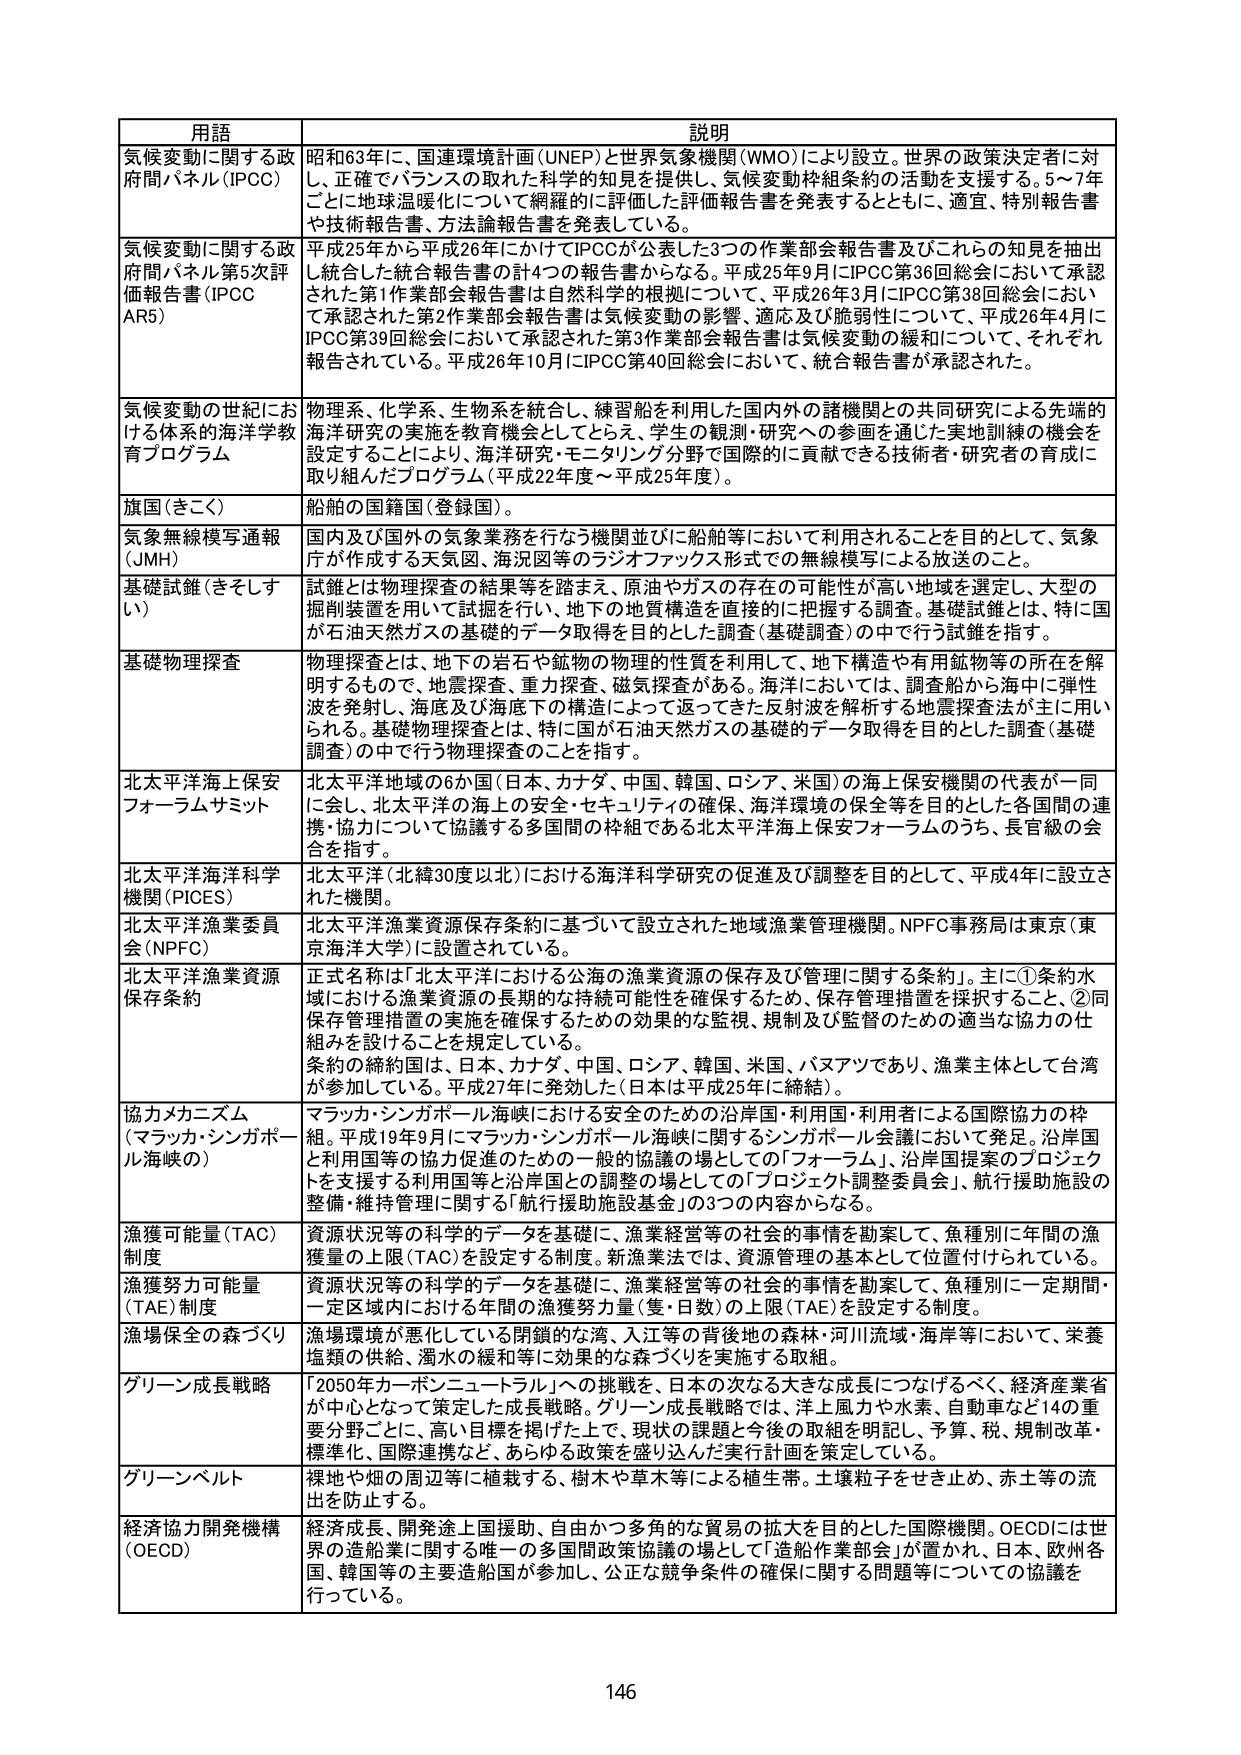
用語 説明
気候変動に関する政府間パネル（IPCC） 昭和63年に、国連環境計画（UNEP）と世界気象機関（WMO）により設立。世界の政策決定者に対し、正確でバランスの取れた科学的知見を提供し、気候変動枠組条約の活動を支援する。5～7年ごとに地球温暖化について網羅的に評価した評価報告書を発表するとともに、適宜、特別報告書や技術報告書、方法論報告書を発表している。
気候変動に関する政府間パネル第5次評価報告書（IPCC AR5） 平成25年から平成26年にかけてIPCCが公表した3つの作業部会報告書及びこれらの知見を抽出し統合した統合報告書の計4つの報告書からなる。平成25年9月にIPCC第36回総会において承認された第1作業部会報告書は自然科学的根拠について、平成26年3月にIPCC第38回総会において承認された第2作業部会報告書は気候変動の影響、適応及び脆弱性について、平成26年4月にIPCC第39回総会において承認された第3作業部会報告書は気候変動の緩和について、それぞれ報告されている。平成26年10月にIPCC第40回総会において、統合報告書が承認された。
気候変動の世紀における体系的海洋学教育プログラム 物理系、化学系、生物系を統合し、練習船を利用した国内外の諸機関との共同研究による先端的海洋研究の実施を教育機会としてとらえ、学生の観測・研究への参画を通じた実地訓練の機会を設定することにより、海洋研究・モニタリング分野で国際的に貢献できる技術者・研究者の育成に取り組んだプログラム（平成22年度～平成25年度）。
旗国（きこく） 船舶の国籍国（登録国）。
気象無線模写通報（JMH） 国内及び国外の気象業務を行なう機関並びに船舶等において利用されることを目的として、気象庁が作成する天気図、海況図等のラジオフォックス形式での無線模写による放送のこと。
基礎試錐（きそしすい） 試錐とは物理探査の結果等を踏まえ、原油やガスの存在の可能性が高い地域を選定し、大型の掘削装置を用いて試掘を行い、地下の地質構造を直接的に把握する調査。基礎試錐とは、特に国が石油天然ガスの基礎的データ取得を目的とした調査（基礎調査）の中で行う試錐を指す。
基礎物理探査 物理探査とは、地下の岩石や鉱物の物理的性質を利用して、地下構造や有用鉱物等の所在を解明するもので、地震探査、重力探査、磁気探査がある。海洋においては、調査船から海中に弾性波を発射し、海底及び海底下の構造によって返ってきた反射波を解析する地震探査法が主に用いられる。基礎物理探査とは、特に国が石油天然ガスの基礎的データ取得を目的とした調査（基礎調査）の中で行う物理探査のことを指す。
北太平洋海上保安フォーラムサミット 北太平洋地域の6か国（日本、カナダ、中国、韓国、ロシア、米国）の海上保安機関の代表が一同に会し、北太平洋の海上の安全・セキュリティの確保、海洋環境の保全等を目的とした各国間の連携・協力について協議する多国間の枠組である北太平洋海上保安フォーラムのうち、長官級の会合を指す。
北太平洋海洋科学機関（PICES） 北太平洋（北緯30度以北）における海洋科学研究の促進及び調整を目的として、平成4年に設立された機関。
北太平洋漁業委員会（NPFC） 北太平洋漁業資源保存条約に基づいて設立された地域漁業管理機関。NPFC事務局は東京（東京海洋大学）に設置されている。
北太平洋漁業資源保存条約 正式名称は「北太平洋における公海の漁業資源の保存及び管理に関する条約」。主に①条約水域における漁業資源の長期的な持続可能性を確保するため、保存管理措置を採択すること、②同保存管理措置の実施を確保するための効果的な監視、規制及び監督のための適当な協力の仕組みを設けることを規定している。条約の締約国は、日本、カナダ、中国、ロシア、韓国、米国、パプアニューギニアであり、漁業主体として台湾が参加している。平成27年に発効した（日本は平成25年に締結）。
協力メカニズム（マラッカ・シンガポール海峡の） マラッカ・シンガポール海峡における安全のための沿岸国・利用国・利用者による国際協力の枠組。平成19年9月にマラッカ・シンガポール海峡に関するシンガポール会議において発足。沿岸国と利用国等の協力促進のための一般の協議の場としての「フォーラム」、沿岸国提案のプロジェクトを支援する利用国等と沿岸国の調整の場としての「プロジェクト調整委員会」、航行援助施設の整備・維持管理に関する「航行援助施設基金」の3つの内容からなる。
漁獲可能量（TAC）制度 資源状況等の科学的データを基礎に、漁業経営等の社会的事情を勘案して、魚種別に年間の漁獲量の上限（TAC）を設定する制度。新漁業法では、資源管理の基本として位置付けられている。
漁獲努力可能量（TAE）制度 資源状況等の科学的データを基礎に、漁業経営等の社会的事情を勘案して、魚種別に一定期間・一定区域内における年間の漁獲努力量（隻・日数）の上限（TAE）を設定する制度。
漁場保全の森づくり 漁場環境が悪化している閉鎖的な湾、入江等の背後地の森林・河川流域・海岸等において、栄養塩類の供給、濁水の緩和等に効果的な森づくりを実施する取組。
グリーン成長戦略 「2050年カーボンニュートラル」への挑戦を、日本の次なる大きな成長につなげるべく、経済産業省が中心となって策定した成長戦略。グリーン成長戦略では、洋上風力や水素、自動車など14の重要分野ごとに、高い目標を掲げた上で、現状の課題と今後の取組を明記し、予算、税、規制改革・標準化、国際連携など、あらゆる政策を盛り込んだ実行計画を策定している。
グリーンベルト 裸地や畑の周辺等に植栽する、樹木や草本等による植生帯。土壌粒子をせき止め、赤土等の流出を防止する。
経済協力開発機構（OECD） 経済成長、開発途上国援助、自由かつ多角的な貿易の拡大を目的とした国際機関。OECDには世界の造船業に関する唯一の多国間政策協議の場として「造船作業部会」が置かれ、日本、欧州各国、韓国等の主要造船国が参加し、公正な競争条件の確保に関する問題等についての協議を行っている。
146